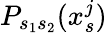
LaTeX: P_{s_{1}s_{2}}(x_{s}^{j})